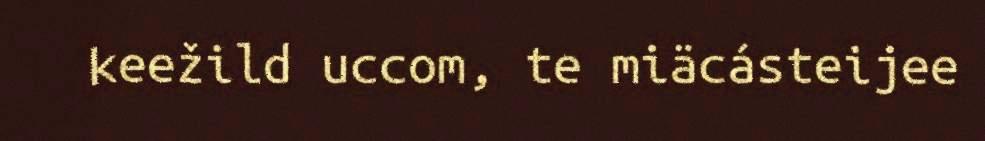
keežild uccom, te miäcásteijee